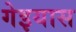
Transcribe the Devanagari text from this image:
गेइयास